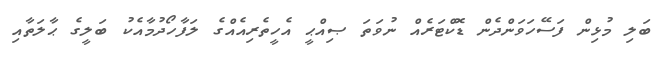
ބަލި މުޅިން ފަސޭހަވަންދެން ޑޮކްޓަރެއް ނުވަތަ ޞިއްޙީ އެހީތެރިއެއްގެ ލަފާހޯދުމާއެކު ބަލީގެ ޙާލަތާއި